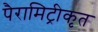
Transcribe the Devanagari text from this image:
पैरामिट्रीकृत